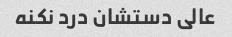
عالی دستشان درد نکنه